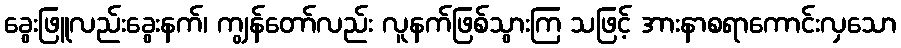
ခွေးဖြူလည်းခွေးနက်၊ ကျွန်တော်လည်း လူနက်ဖြစ်သွားကြ သဖြင့် အားနာစရာကောင်းလှသော